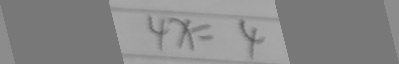
4 x = 4